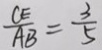
\frac { C E } { A B } = \frac { 3 } { 5 }